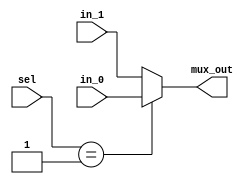
`timescale 1ns / 1ps
//////////////////////////////////////////////////////////////////////////////////
// Company: 
// Engineer: 
// 
// Design Name: 
// Module Name: Mux_2_1_Write_Data
// Project Name: 
// Target Devices: 
// Tool Versions: 
// Description: 
// 
// Dependencies: 
// 
// Revision:
// Revision 0.01 - File Created
// Additional Comments:
// 
//////////////////////////////////////////////////////////////////////////////////


module Mux_2_1_Write_Data(
in_0      , // Mux first input
in_1      , // Mux Second input
sel        , // Select input
mux_out      // Mux output
    );
    input  [1:0] sel ;
    input [31:0] in_0;
    input [31:0] in_1;
    //-----------Output Ports---------------
    output [31:0] mux_out;
    //------------Internal Variables--------
    reg [31:0]   mux_out;
    //-------------Code Starts Here---------
    always @ (sel or in_0 or in_1)
    begin : MUX
      if (sel == 1) begin
          mux_out = in_0;
      end else begin
          mux_out = in_1 ;
      end
    end

endmodule